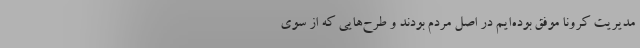
مدیریت کرونا موفق بوده‌ایم در اصل مردم بودند و طرح‌هایی که از سوی